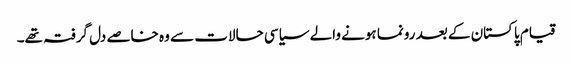
قیام پاکستان کے بعد رونما ہونے والے سیاسی حالات سے وہ خاصے دل گرفتہ تھے۔